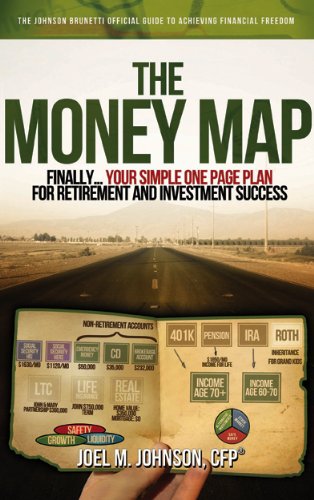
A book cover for The Money Map; Joel M. Johnson; Business & Money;